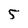
Character: 5